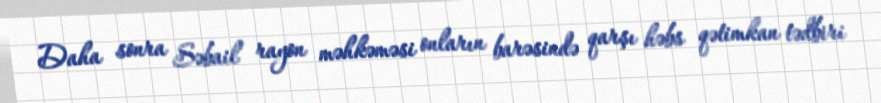
Daha sonra Səbail rayon məhkəməsi onların barəsində qarşı həbs qətimkan tədbiri